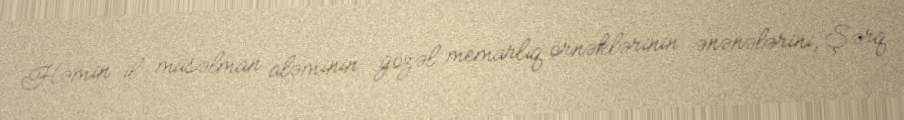
Həmin il müsəlman aləminin gözəl memarlıq örnəklərinin ənənələrini, Şərq